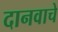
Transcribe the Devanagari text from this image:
दानवाचे